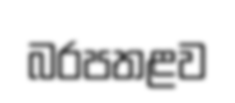
බරපතළව